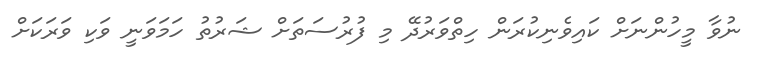
ނުވާ މީހުންނަށް ކައިވެނިކުރަން ހިތްވަރުދޭ މި ފުރުސަތަށް ޝަރުތު ހަމަވަނީ ވަކި ވަރަކަށް